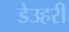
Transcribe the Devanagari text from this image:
डेउहरी